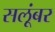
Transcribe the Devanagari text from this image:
सलूंबर